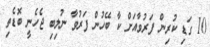
10 ގަޑި ކުރިން ފަރުވާއަށް ކާ ބޭހުން ފަރުވާ ނުލިބި ޖެހެނީ ބޮޑެތި